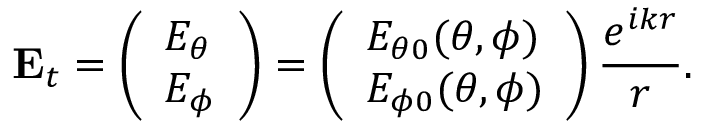
\mathbf { E } _ { t } = \left( \begin{array} { l } { E _ { \theta } } \\ { E _ { \phi } } \end{array} \right) = \left( \begin{array} { l } { E _ { \theta 0 } ( \theta , \phi ) } \\ { E _ { \phi 0 } ( \theta , \phi ) } \end{array} \right) \frac { e ^ { i k r } } { r } .